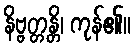
နိဗ္ဗတ္တန္တိ၊ ကုန်၏။